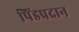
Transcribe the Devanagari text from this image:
पिंडप्रदान